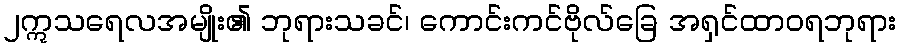
၂ဣသရေလအမျိုး၏ ဘုရားသခင်၊ ကောင်းကင်ဗိုလ်ခြေ အရှင်ထာဝရဘုရား